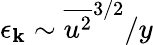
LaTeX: \epsilon_{\mathbf{k}}\sim{\overline{{{u^{2}}}}^{3/2}}/{y}